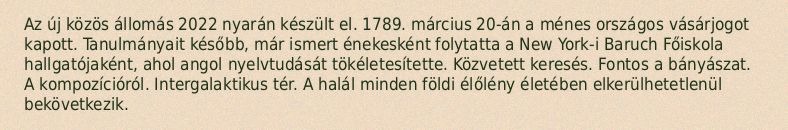
Az új közös állomás 2022 nyarán készült el. 1789. március 20-án a ménes országos vásárjogot kapott. Tanulmányait később, már ismert énekesként folytatta a New York-i Baruch Főiskola hallgatójaként, ahol angol nyelvtudását tökéletesítette. Közvetett keresés. Fontos a bányászat. A kompozícióról. Intergalaktikus tér. A halál minden földi élőlény életében elkerülhetetlenül bekövetkezik.